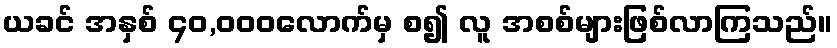
ယခင် အနှစ် ၄၀,၀၀၀လောက်မှ စ၍ လူ အစစ်များဖြစ်လာကြသည်။